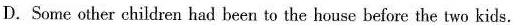
D.Some other children had been to the house before the two kids.